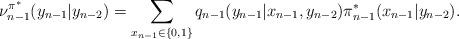
LaTeX: \begin{align*}\nu^{\pi^*}_{n-1}(y_{n-1}|y_{n-2})=\sum_{x_{n-1}\in\{0,1\}}q_{n-1}(y_{n-1}|x_{n-1},y_{n-2})\pi^*_{n-1}(x_{n-1}|y_{n-2}).\end{align*}